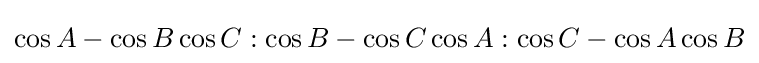
\cos A-\cos B\cos C:\cos B-\cos C\cos A:\cos C-\cos A\cos B